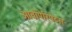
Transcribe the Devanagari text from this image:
ओवोपेरिपेटस